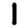
Digit: 1